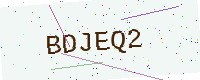
Text: BDJEQ2